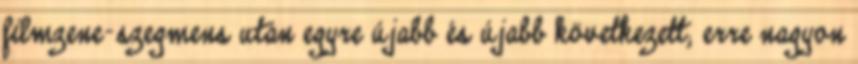
filmzene-szegmens után egyre újabb és újabb következett; erre nagyon